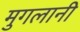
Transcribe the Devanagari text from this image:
मुगलानी